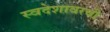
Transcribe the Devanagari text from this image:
स्वदेशावरची